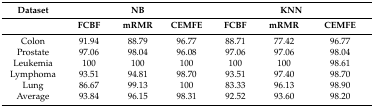
| Dataset | <COLSPAN=3> NB | <COLSPAN=3> KNN |
 |  | FCBF | mRMR | CEMFE | FCBF | mRMR | CEMFE |
 | --- | --- | --- | --- | --- | --- | --- |
 | Colon | 91.94 | 88.79 | 96.77 | 88.71 | 77.42 | 96.77 |
 | Prostate | 97.06 | 98.04 | 96.08 | 97.06 | 97.06 | 98.04 |
 | Leukemia | 100 | 100 | 100 | 100 | 100 | 98.61 |
 | Lymphoma | 93.51 | 94.81 | 98.70 | 93.51 | 97.40 | 98.70 |
 | Lung | 86.67 | 99.13 | 100 | 83.33 | 96.13 | 98.90 |
 | Average | 93.84 | 96.15 | 98.31 | 92.52 | 93.60 | 98.20 |